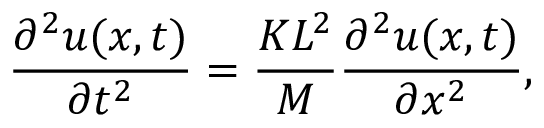
{ \frac { \partial ^ { 2 } u ( x , t ) } { \partial t ^ { 2 } } } = { \frac { K L ^ { 2 } } { M } } { \frac { \partial ^ { 2 } u ( x , t ) } { \partial x ^ { 2 } } } ,